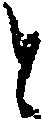
と